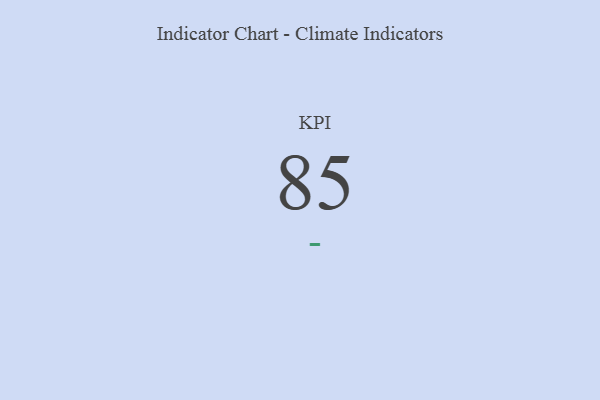
{"axis": {"x": "KPI", "y": "Value"}, "legend": [""], "data": [{"x": "KPI", "y": 85, "type": ""}]}